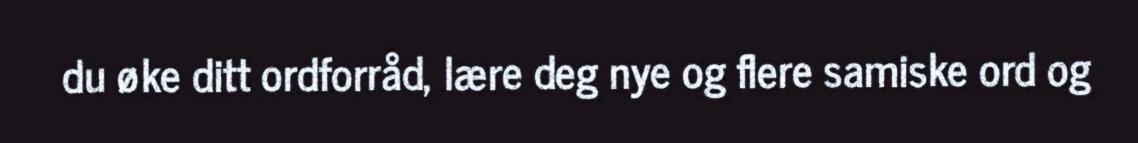
du øke ditt ordforråd, lære deg nye og flere samiske ord og